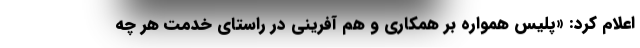
اعلام کرد: «پلیس همواره بر همکاری و هم آفرینی در راستای خدمت هر چه